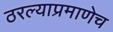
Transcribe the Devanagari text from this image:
ठरल्याप्रमाणेच